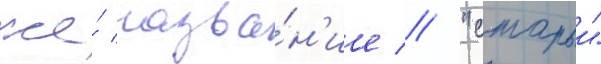
же́ назва́н'ие // "старыи"